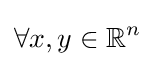
\forall x,y\in \mathbb {R} ^{n}